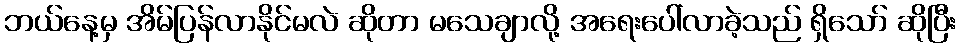
ဘယ်နေ့မှ အိမ်ပြန်လာနိုင်မလဲ ဆိုတာ မသေချာလို့ အရေးပေါ်လာခဲ့သည် ရှိသော် ဆိုပြီး